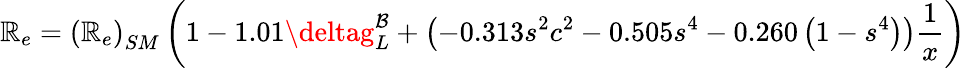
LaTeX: \mathbb{R}_{e}=\left(\mathbb{R}_{e}\right)_{SM}\left(1-1.01\deltag_{L}^{\mathcal{B}}+\left(-0.313s^{2}c^{2}-0.505s^{4}-0.260\left(1-s^{4}\right)\right){\frac{{1}}{{x}}}\right)